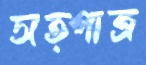
সত্পাত্র